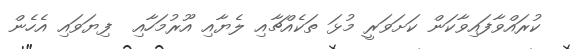
ކުރައްވާފައިވާކަން ކަށަވަރީ މުޅަ ތަކެއްޗާއި ލެޔާއި އޫރުމަހާއި  ފިޔަވައި އެހެން